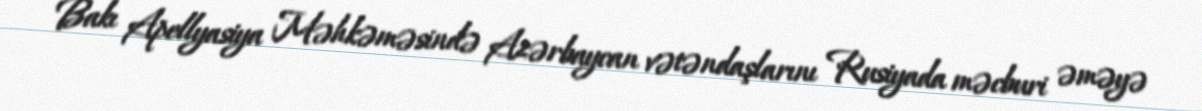
Bakı Apellyasiya Məhkəməsində Azərbaycan vətəndaşlarını Rusiyada məcburi əməyə